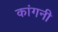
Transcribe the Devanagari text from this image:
कांगनी